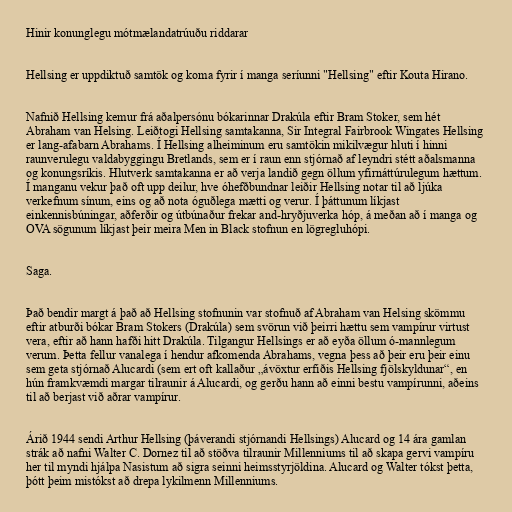
Hinir konunglegu mótmælandatrúuðu riddarar

Hellsing er uppdiktuð samtök og koma fyrir í manga seríunni "Hellsing" eftir Kouta Hirano.

Nafnið Hellsing kemur frá aðalpersónu bókarinnar Drakúla eftir Bram Stoker, sem hét
Abraham van Helsing. Leiðtogi Hellsing samtakanna, Sir Integral Fairbrook Wingates Hellsing
er lang-afabarn Abrahams. Í Hellsing alheiminum eru samtökin mikilvægur hluti í hinni
raunverulegu valdabyggingu Bretlands, sem er í raun enn stjórnað af leyndri stétt aðalsmanna
og konungsríkis. Hlutverk samtakanna er að verja landið gegn öllum yfirnáttúrulegum hættum.
Í manganu vekur það oft upp deilur, hve óhefðbundnar leiðir Hellsing notar til að ljúka
verkefnum sínum, eins og að nota óguðlega mætti og verur. Í þáttunum líkjast
einkennisbúningar, aðferðir og útbúnaður frekar and-hryðjuverka hóp, á meðan að í manga og
OVA sögunum líkjast þeir meira Men in Black stofnun en lögregluhópi.

Saga.

Það bendir margt á það að Hellsing stofnunin var stofnuð af Abraham van Helsing skömmu
eftir atburði bókar Bram Stokers (Drakúla) sem svörun við þeirri hættu sem vampírur virtust
vera, eftir að hann hafði hitt Drakúla. Tilgangur Hellsings er að eyða öllum ó-mannlegum
verum. Þetta fellur vanalega í hendur afkomenda Abrahams, vegna þess að þeir eru þeir einu
sem geta stjórnað Alucardi (sem ert oft kallaður „ávöxtur erfiðis Hellsing fjölskyldunar“, en
hún framkvæmdi margar tilraunir á Alucardi, og gerðu hann að einni bestu vampírunni, aðeins
til að berjast við aðrar vampírur.

Árið 1944 sendi Arthur Hellsing (þáverandi stjórnandi Hellsings) Alucard og 14 ára gamlan
strák að nafni Walter C. Dornez til að stöðva tilraunir Millenniums til að skapa gervi vampíru
her til myndi hjálpa Nasistum að sigra seinni heimsstyrjöldina. Alucard og Walter tókst þetta,
þótt þeim mistókst að drepa lykilmenn Millenniums.